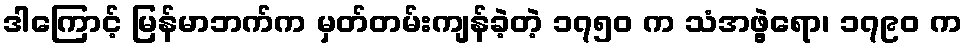
ဒါကြောင့် မြန်မာဘက်က မှတ်တမ်းကျန်ခဲ့တဲ့ ၁၇၅၀ က သံအဖွဲ့ရော၊ ၁၇၉၀ က